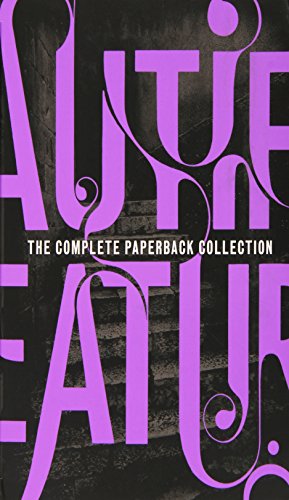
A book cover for The Beautiful Creatures Complete Paperback Collection; Kami Garcia; Teen & Young Adult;